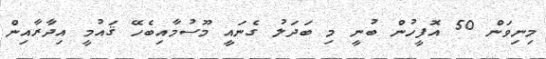
މިނިވަން 50 އޮފީހުން ބުނީ މި ބަދަލު ގެނައީ މޫސުމާއިބެހޭ ޤައުމީ އިދާރާއިން